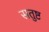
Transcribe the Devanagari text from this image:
सतुष्ट